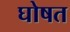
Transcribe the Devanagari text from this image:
घोषत